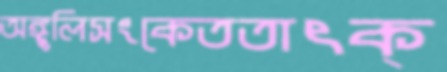
অঙ্গুলিসংকেততাৎক্